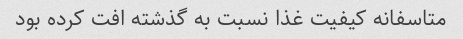
متاسفانه کیفیت غذا نسبت به گذشته افت کرده بود